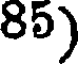
85)